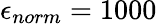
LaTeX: \epsilon_{norm}=1000